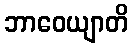
ဘာဝေယျာတိ